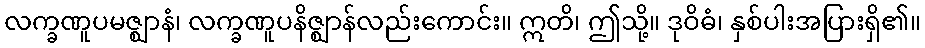
လက္ခဏူပမဇ္ဈာနံ၊ လက္ခဏူပနိဇ္ဈာန်လည်းကောင်း။ ဣတိ၊ ဤသို့။ ဒုဝိဓံ၊ နှစ်ပါးအပြားရှိ၏။